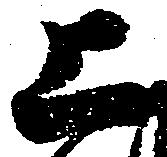
上